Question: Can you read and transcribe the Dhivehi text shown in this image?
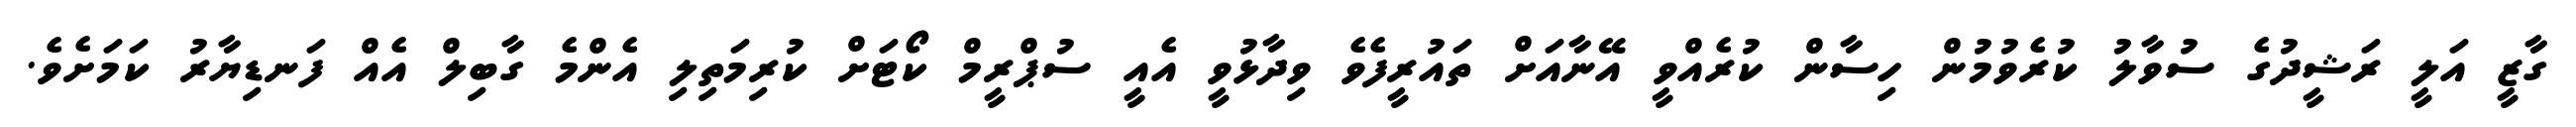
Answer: ގާޒީ އަލީ ރަޝީދުގެ ސުވާލު ކުރެވުމުން ހިސާން ކުރެއްވީ އޭނާއަށް ތައުރީފެވެ ވިދާޅުވީ އެއީ ސުޕްރީމް ކޯޓަށް ކުރިމަތިލި އެންމެ ގާބިލް އެއް ފަނޑިޔާރު ކަމަށެވެ.